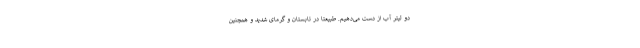
دو لیتر آب از دست می‌دهیم. طبیعتا در تابستان و گرمای شدید و همچنین